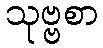
သုဗ္ဗစာ